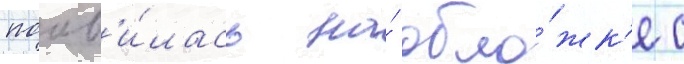
поав'и́лась на́ обло́жк'е с